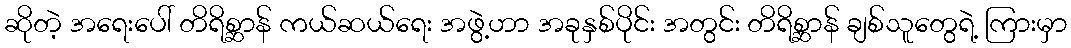
ဆိုတဲ့ အရေးပေါ် တိရိစ္ဆာန် ကယ်ဆယ်ရေး အဖွဲ့ဟာ အခုနှစ်ပိုင်း အတွင်း တိရိစ္ဆာန် ချစ်သူတွေရဲ့ ကြားမှာ